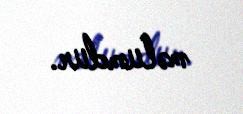
məlumdur.